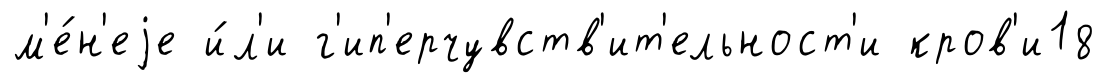
м'е́н'еjе и́л'и г'ип'ерчувств'ит'ельност'и кров'и18